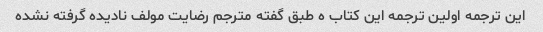
این ترجمه اولین ترجمه این کتاب ه طبق گفته مترجم رضایت مولف نادیده گرفته نشده